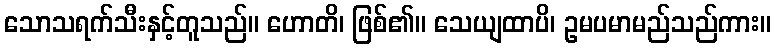
သောသရက်သီးနှင့်တူသည်။ ဟောတိ၊ ဖြစ်၏။ သေယျထာပိ၊ ဥမပမာမည်သည်ကား။